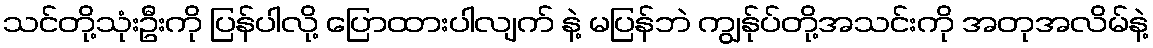
သင်တို့သုံးဦးကို ပြန်ပါလို့ ပြောထားပါလျက် နဲ့ မပြန်ဘဲ ကျွန်ုပ်တို့အသင်းကို အတုအလိမ်နဲ့